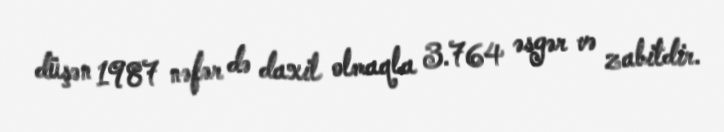
düşən 1987 nəfər də daxil olmaqla 3.764 əsgər və zabitdir.